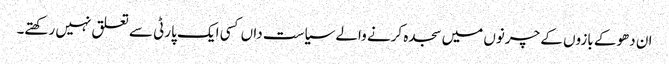
ان دھوکے بازوں کے چرنوں میں سجدہ کرنے والے سیاست داں کسی ایک پارٹی سے تعلق نہیں رکھتے۔